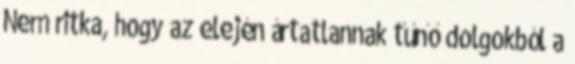
Nem ritka, hogy az elején ártatlannak tűnő dolgokból a